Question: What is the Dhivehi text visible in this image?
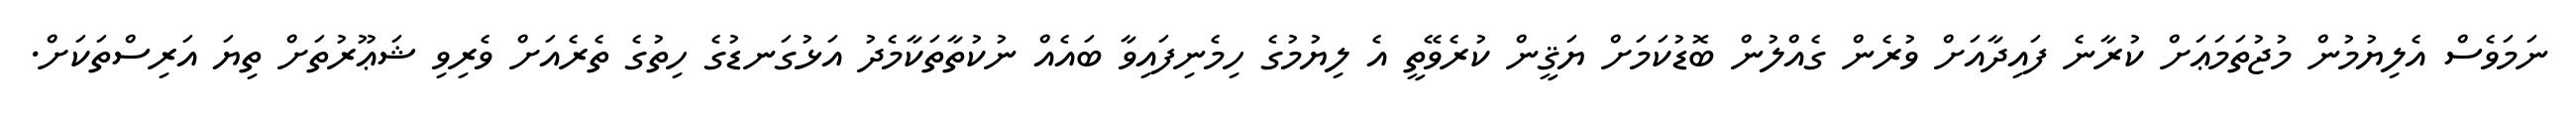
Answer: ނަމަވެސް އެލިޔުމުން މުޖުތަމަޢަށް ކުރާނެ ފައިދާއަށް ވުރެން ގެއްލުން ބޮޑުކަމަށް ޔަޤީން ކުރެވޭތީ އެ ލިޔުމުގެ ހިމެނިފައިވާ ބައެއް ނުކުތާތަކާމެދު އަޅުގަނޑުގެ ހިތުގެ ތެރެއަށް ވެރިވި ޝަޢޫރުތަށް ތިޔަ އަރިސްތަކަށް.